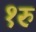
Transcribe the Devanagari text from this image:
१रु